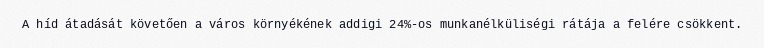
A híd átadását követően a város környékének addigi 24%-os munkanélküliségi rátája a felére csökkent.